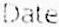
DATE